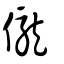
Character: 儱